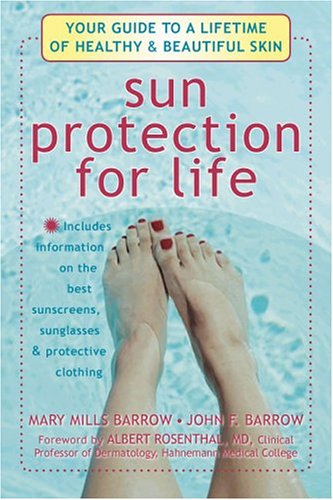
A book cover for Sun Protection for Life: Your Guide to a Lifetime of Beautiful and Healthy Skin; Albert Rosenthal; Health, Fitness & Dieting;